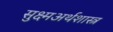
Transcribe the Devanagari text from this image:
सुक्ष्मअर्थशास्त्र